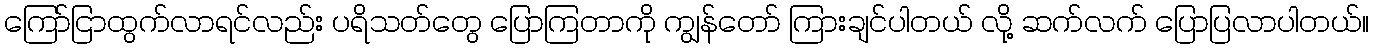
ကြော်ငြာထွက်လာရင်လည်း ပရိသတ်တွေ ပြောကြတာကို ကျွန်တော် ကြားချင်ပါတယ် လို့ ဆက်လက် ပြောပြလာပါတယ်။